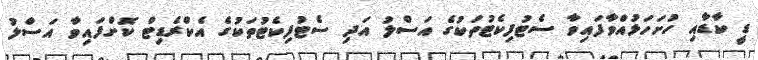
ޑީ ކާޑާއި ހުށަހަޅުއްވާފައިވާ ސެޓުފިކެޓުތަކުގެ އަސްލު އަދި ސެޓުފިކެޓުތަކުގެ އެކްރެޑިޓް ކޮށްފައިވާ އަސްލު